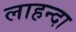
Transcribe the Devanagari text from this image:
लाहन्दा